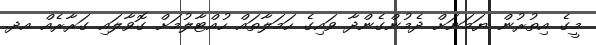
މީގެ އިތުރުން ޔަމަނަށް ދެމުންގެންދާ ވައިގެ ހަމަލާތައް ހުއްޓާލުމަށް ގޮވާލައި ގަރާރެއް އދ.